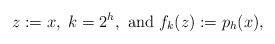
\begin{align*}z:=x,~k=2^h,~{\rm and}~f_k(z):=p_h(x),\end{align*}